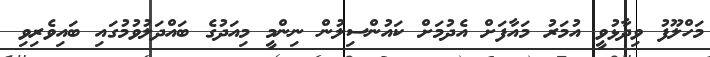
މަހްލޫފު ވިދާޅުވީ އުމަރު މައާފަށް އެދުމަށް ކައުންސިލުން ނިންމީ މިއަދުގެ ބައްދަލުވުމުގައި ބައިވެރިވި